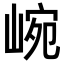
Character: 𡸥